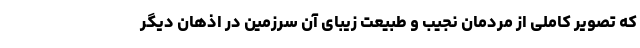
که تصویر کاملی از مردمان نجیب و طبیعت زیبای آن سرزمین در اذهان دیگر